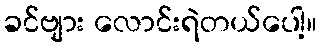
ခင်ဗျား လောင်းရဲတယ်ပေါ့။